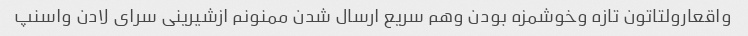
واقعارولتاتون تازه وخوشمزه بودن وهم سریع ارسال شدن ممنونم ازشیرینی سرای لادن واسنپ